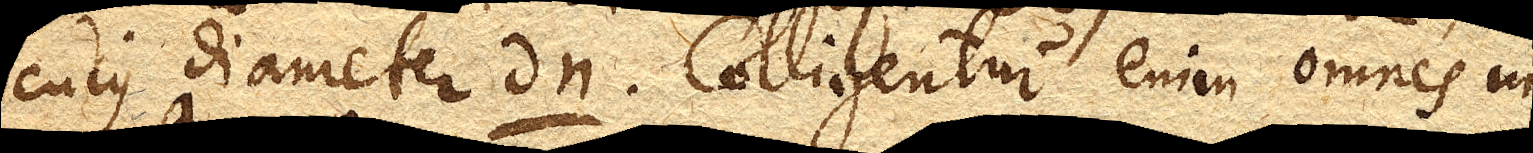
cujus diameter dn. Colligentur enim omnes in